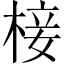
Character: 椄